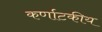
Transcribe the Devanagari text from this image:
कर्णाटकीय